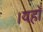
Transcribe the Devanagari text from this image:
।यहाँ